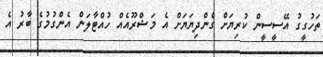
ތަހުގީގު އޭސީސީން ކުރިޔަށް ގެންދިޔަޔަށް އެ މަޝްރޫއެއް ހުއްޓާލަން އެންގުމުގެ ބާރު އެ